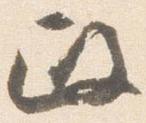
政